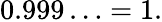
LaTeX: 0.999\ldots=1.